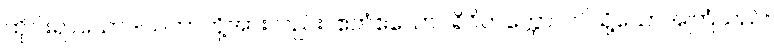
ထိုငါးရာသောဒါယကာတို့အားလည်း။ ဧတံဧသောပရိဝိတက္ကော၊ ဤသို့သောအကြံသည်။